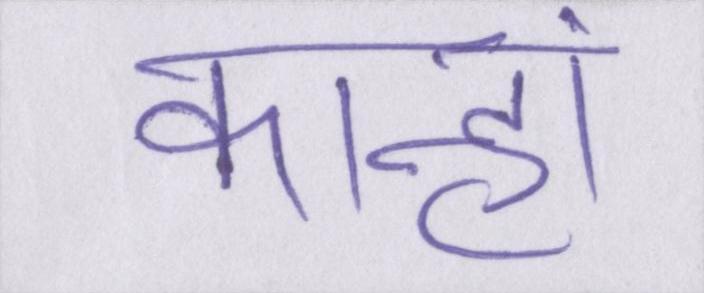
कान्हां